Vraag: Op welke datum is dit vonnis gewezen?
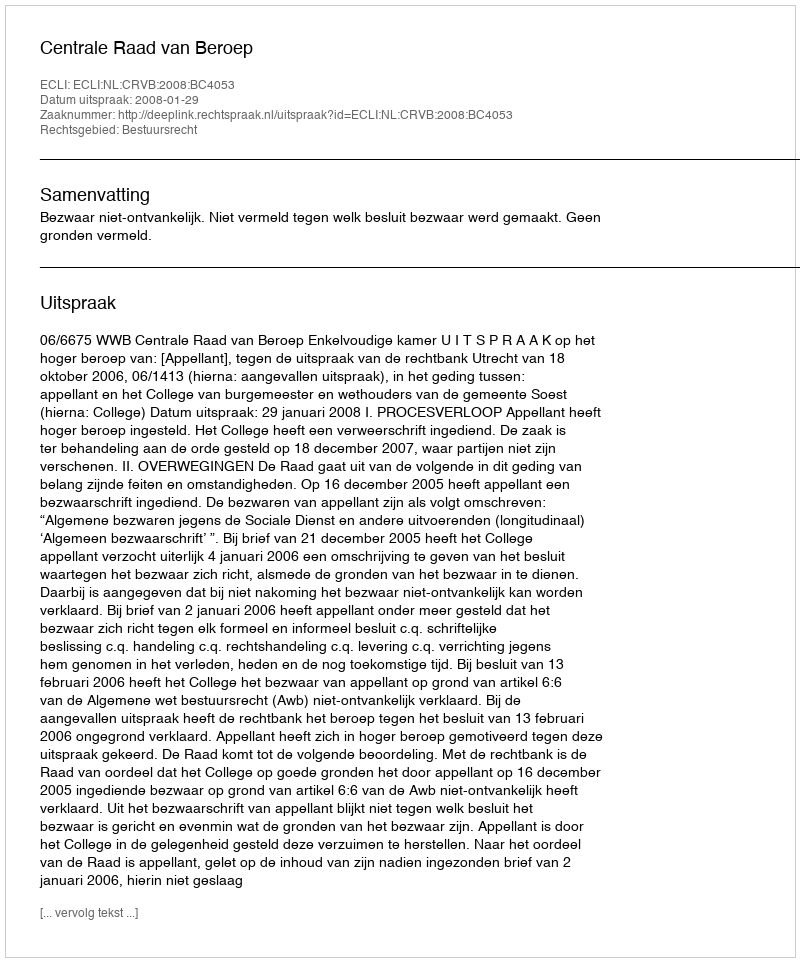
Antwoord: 2008-01-29